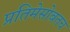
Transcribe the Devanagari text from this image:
प्रतिमेसोबतच